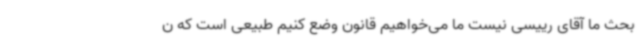
بحث ما آقای رییسی نیست ما می‌خواهیم قانون وضع کنیم طبیعی است که ن